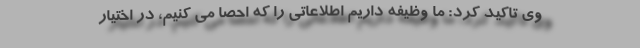
وی تاکید کرد: ما وظیفه داریم اطلاعاتی را که احصا می کنیم، در اختیار